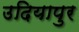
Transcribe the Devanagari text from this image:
उदियापुर